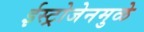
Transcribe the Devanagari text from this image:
ईस्ट्रोजेनमुळे